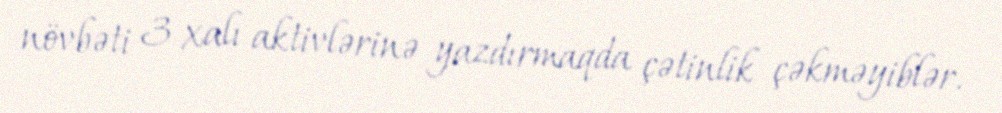
növbəti 3 xalı aktivlərinə yazdırmaqda çətinlik çəkməyiblər.